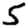
Digit: 5